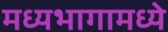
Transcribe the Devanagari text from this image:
मध्यभागामध्ये